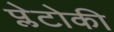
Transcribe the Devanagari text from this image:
प्लेटोकी